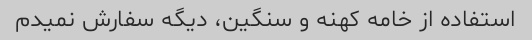
استفاده از خامه کهنه و سنگین، دیگه سفارش نمیدم